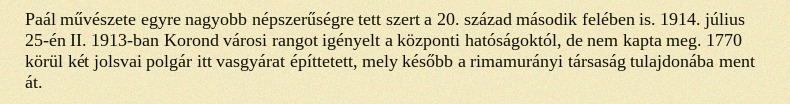
Paál művészete egyre nagyobb népszerűségre tett szert a 20. század második felében is. 1914. július 25-én II. 1913-ban Korond városi rangot igényelt a központi hatóságoktól, de nem kapta meg. 1770 körül két jolsvai polgár itt vasgyárat építtetett, mely később a rimamurányi társaság tulajdonába ment át.